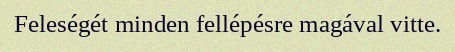
Feleségét minden fellépésre magával vitte.